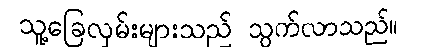
သူ့ခြေလှမ်းများသည် သွက်လာသည်။